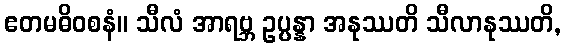
ဧတမဓိဝစနံ။ သီလံ အာရဗ္ဘ ဥပ္ပန္နာ အနုဿတိ သီလာနုဿတိ,